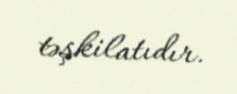
təşkilatıdır.